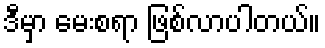
ဒီမှာ မေးစရာ ဖြစ်လာပါတယ်။